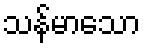
သန်မာသော